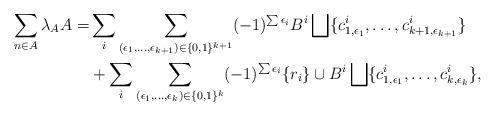
LaTeX: \begin{align*}\sum_{n \in A} \lambda_A A=&\sum_i \sum_{(\epsilon_1,\ldots,\epsilon_{k+1})\in \{0,1\}^{k+1}}(-1)^{\sum \epsilon_i} B^i \bigsqcup \{c^i_{1,\epsilon_1},\ldots,c^i_{k+1,\epsilon_{k+1}}\}\\&+\sum_i \sum_{(\epsilon_1,\ldots,\epsilon_k)\in \{0,1\}^k}(-1)^{\sum \epsilon_i} \{r_i\}\cup B^i \bigsqcup \{c^i_{1,\epsilon_1},\ldots,c^i_{k,\epsilon_k}\},\end{align*}